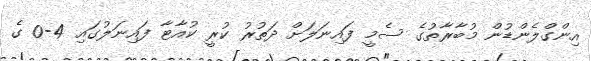
އިންގްލެންޑުން މުބާރާތުގެ ސެމީ ފައިނަލަށް ދަތުރު ކުރީ ކުއާޓާ ފައިނަލުގައި 4-0 ގެ